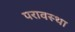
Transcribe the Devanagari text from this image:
परावस्था